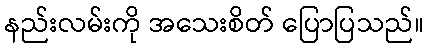
နည်းလမ်းကို အသေးစိတ် ပြောပြသည်။